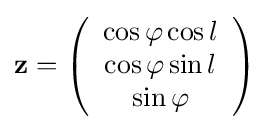
\mathbf {z} =\left({\begin{array}{c}\cos \varphi \cos l\\\cos \varphi \sin l\\\sin \varphi \end{array}}\right)